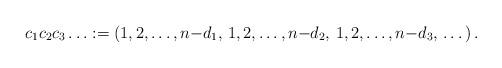
LaTeX: \begin{align*}c_1 c_2 c_3 \dotsc := (1, 2, \dots, n{-}d_1, \,1, 2, \dots, n{-}d_2, \,1, 2, \dots, n{-}d_3, \,\dots)\,.\end{align*}